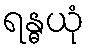
ရန္ဓယုံ